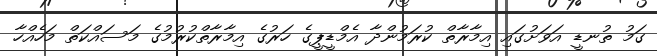
ގަމު ތުނޑީ އަވަށުގައި އިމާރާތް ކުރަމުންދާ އެމްޑީޕީގެ ހަރުގެ އިމާރާތްކުރުމުގެ މަސައްކަތް މަހެއްހާ